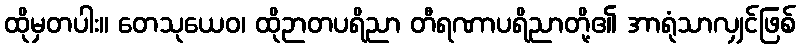
ထိုမှတပါး။ တေသုယေဝ၊ ထိုဉာတပရိညာ တီရဏာပရိညာတို့၏ အာရုံသာလျှင်ဖြစ်